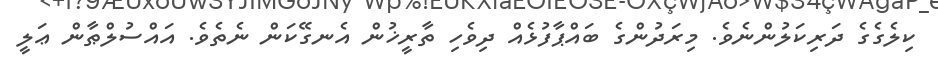
ކިލެގެގެ ދަރިކަލުންނެވެ. މިރަދުންގެ ބައްޕާފުޅެއް ދިވެހި ތާރީޚުން އެނގޭކަން ނެތެވެ. އައްސުލްޠާން ޢަލީ